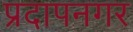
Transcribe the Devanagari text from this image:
प्रदापनगर